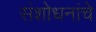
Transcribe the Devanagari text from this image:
संशोधनांचे